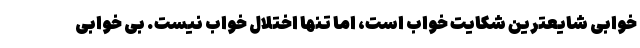
خوابی شایعترین شکایت خواب است، اما تنها اختلال خواب نیست. بی خوابی